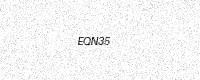
Text: EQN35